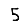
Digit: 5